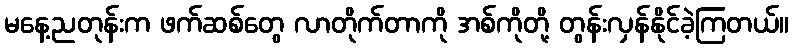
မနေ့ညတုန်းက ဖက်ဆစ်တွေ လာတိုက်တာကို အစ်ကိုတို့ တွန်းလှန်နိုင်ခဲ့ကြတယ်။